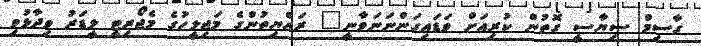
ގާސިމް ސިޔާސީ ގޮތުން ކުރިއަަށް ވަޑައިގަންނަނަވާނީ" ރައްޔިތުންގެ މަޖިލީހުގެ މެޖޯރިޓީ ލީޑަރު ވިދާޅުވި